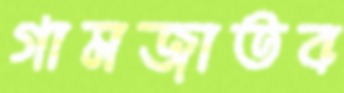
গামজাতব